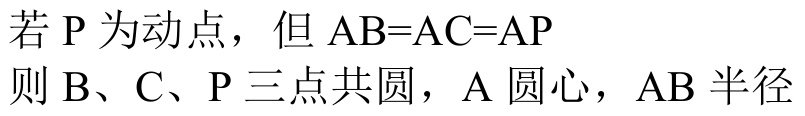
若\(P\)为动点，但\(AB = AC = AP\)
则\(B、C、P\)三点共圆，\(A\)圆心，\(AB\)半径